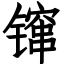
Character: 镩